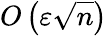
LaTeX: O\left(\varepsilon{\sqrt{n}}\right)